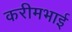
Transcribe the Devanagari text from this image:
करीमभाई